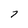
Character: 7